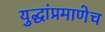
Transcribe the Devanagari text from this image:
युद्धांप्रमाणेच